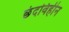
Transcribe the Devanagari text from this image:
छंदविहीन